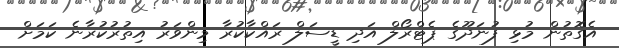
އެގޮތުން މުޅި ފުނަދޫގެ ޕެޓްރޯލް އަދި ޑީސަލް ރައްކާކުރާ މިންވަރު އިތުރުކުރާނެ ކަމަށް